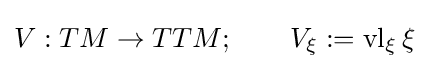
V:TM\to TTM;\qquad V_{\xi }:=\operatorname {vl} _{\xi }\xi